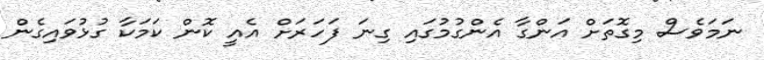
ނަމަވެސް މިގޮތަށް އަންގާ އެންގުމުގައި ގިނަ ފަހަރަށް އެއީ ކޮން ކަމަކާ ގުޅުވައިގެން